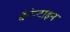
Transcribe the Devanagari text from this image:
बैनेन्टाइन